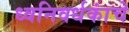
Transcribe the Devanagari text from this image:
ध्वनिवर्धकांचे